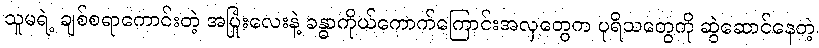
သူမရဲ့ ချစ်စရာကောင်းတဲ့ အပြုံးလေးနဲ့ ခန္ဓာကိုယ်ကောက်ကြောင်းအလှတွေက ပုရိသတွေကို ဆွဲဆောင်နေတဲ့